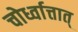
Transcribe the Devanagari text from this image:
चोर्ध्वात्तात्